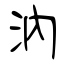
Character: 汭